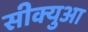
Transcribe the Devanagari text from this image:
सीक्युआ